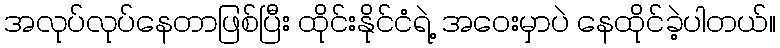
အလုပ်လုပ်နေတာဖြစ်ပြီး ထိုင်းနိုင်ငံရဲ့ အဝေးမှာပဲ နေထိုင်ခဲ့ပါတယ်။